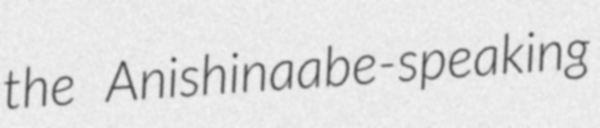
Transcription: the Anishinaabe-speaking